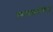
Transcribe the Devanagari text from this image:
एनाफाइलैक्टिक